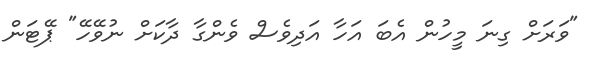
"ވަރަށް ގިނަ މީހުން އެބަ އަހާ އަދިވެސް ވެންގާ ދާކަށް ނުވޭހޭ" ޕޭޓަން